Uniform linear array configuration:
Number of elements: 16
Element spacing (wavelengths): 0.75
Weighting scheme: binomial
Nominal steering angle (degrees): -60
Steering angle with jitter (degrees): -60.391
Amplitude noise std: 0.05
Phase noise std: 0.05

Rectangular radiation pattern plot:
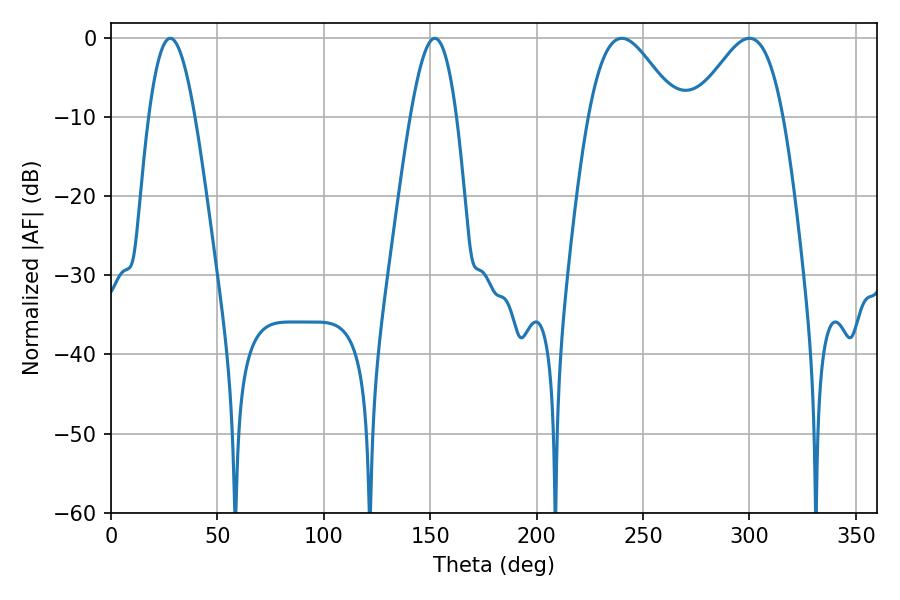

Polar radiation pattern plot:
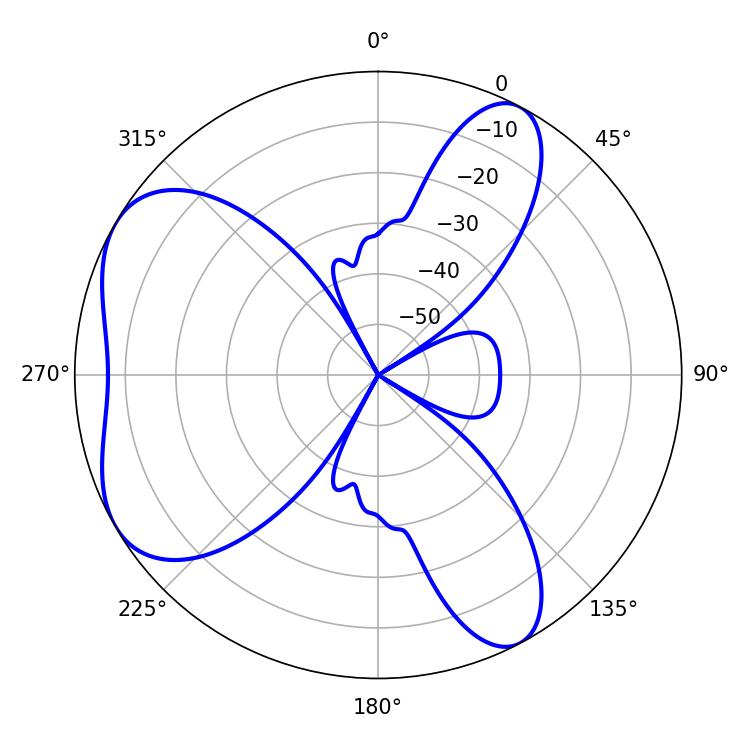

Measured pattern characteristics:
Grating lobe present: TRUE
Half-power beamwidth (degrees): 22.32
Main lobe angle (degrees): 239.94